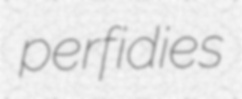
perfidies